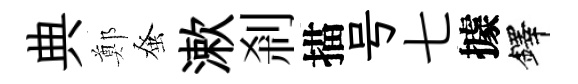
典鄭𫊫漱剎描号七據鐸